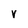
Character: v